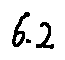
6 . 2